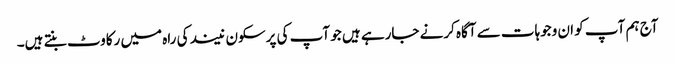
آج ہم آپ کو ان وجوہات سے آگاہ کرنے جارہے ہیں جو آپ کی پرسکون نیند کی راہ میں رکاوٹ بنتے ہیں۔